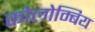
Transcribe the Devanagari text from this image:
कोलोम्बिय